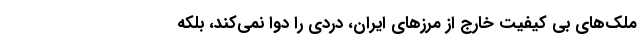
ملک‌های بی کیفیت خارج از مرز‌های ایران، دردی را دوا نمی‌کند، بلکه